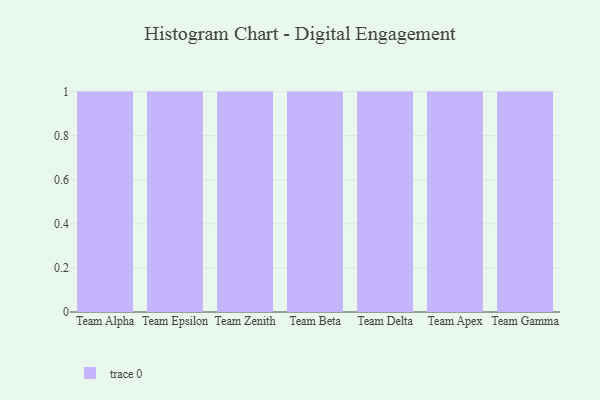
{"axis": {"x": "Team", "y": "Headcount"}, "legend": [""], "data": [{"x": "Team Alpha", "y": 89, "type": ""}, {"x": "Team Epsilon", "y": 98, "type": ""}, {"x": "Team Zenith", "y": 21, "type": ""}, {"x": "Team Beta", "y": 30, "type": ""}, {"x": "Team Delta", "y": 20, "type": ""}, {"x": "Team Apex", "y": 15, "type": ""}, {"x": "Team Gamma", "y": 22, "type": ""}]}